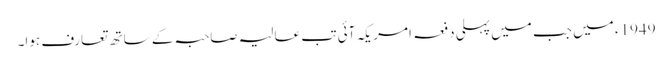
1949ء میں جب میں پہلی دفعہ امریکہ آئی تب عالیہ صاحبہ کے ساتھ تعارف ہوا۔